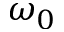
\omega _ { 0 }